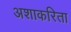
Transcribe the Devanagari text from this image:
अशाकरिता